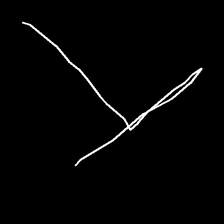
Glyph: column